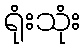
ရုံးသုံး